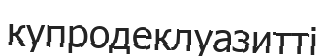
купродеклуазитті